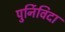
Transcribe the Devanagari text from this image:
पुर्निविदा